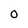
Character: 0